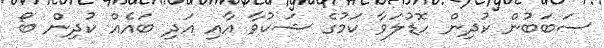
ސަބަބުން ކުދިން ހޮޑުލަވާ ކަމުގެ ޝަކުވާ އާއި އަދި ބައެއް ކުދިން ބޯ